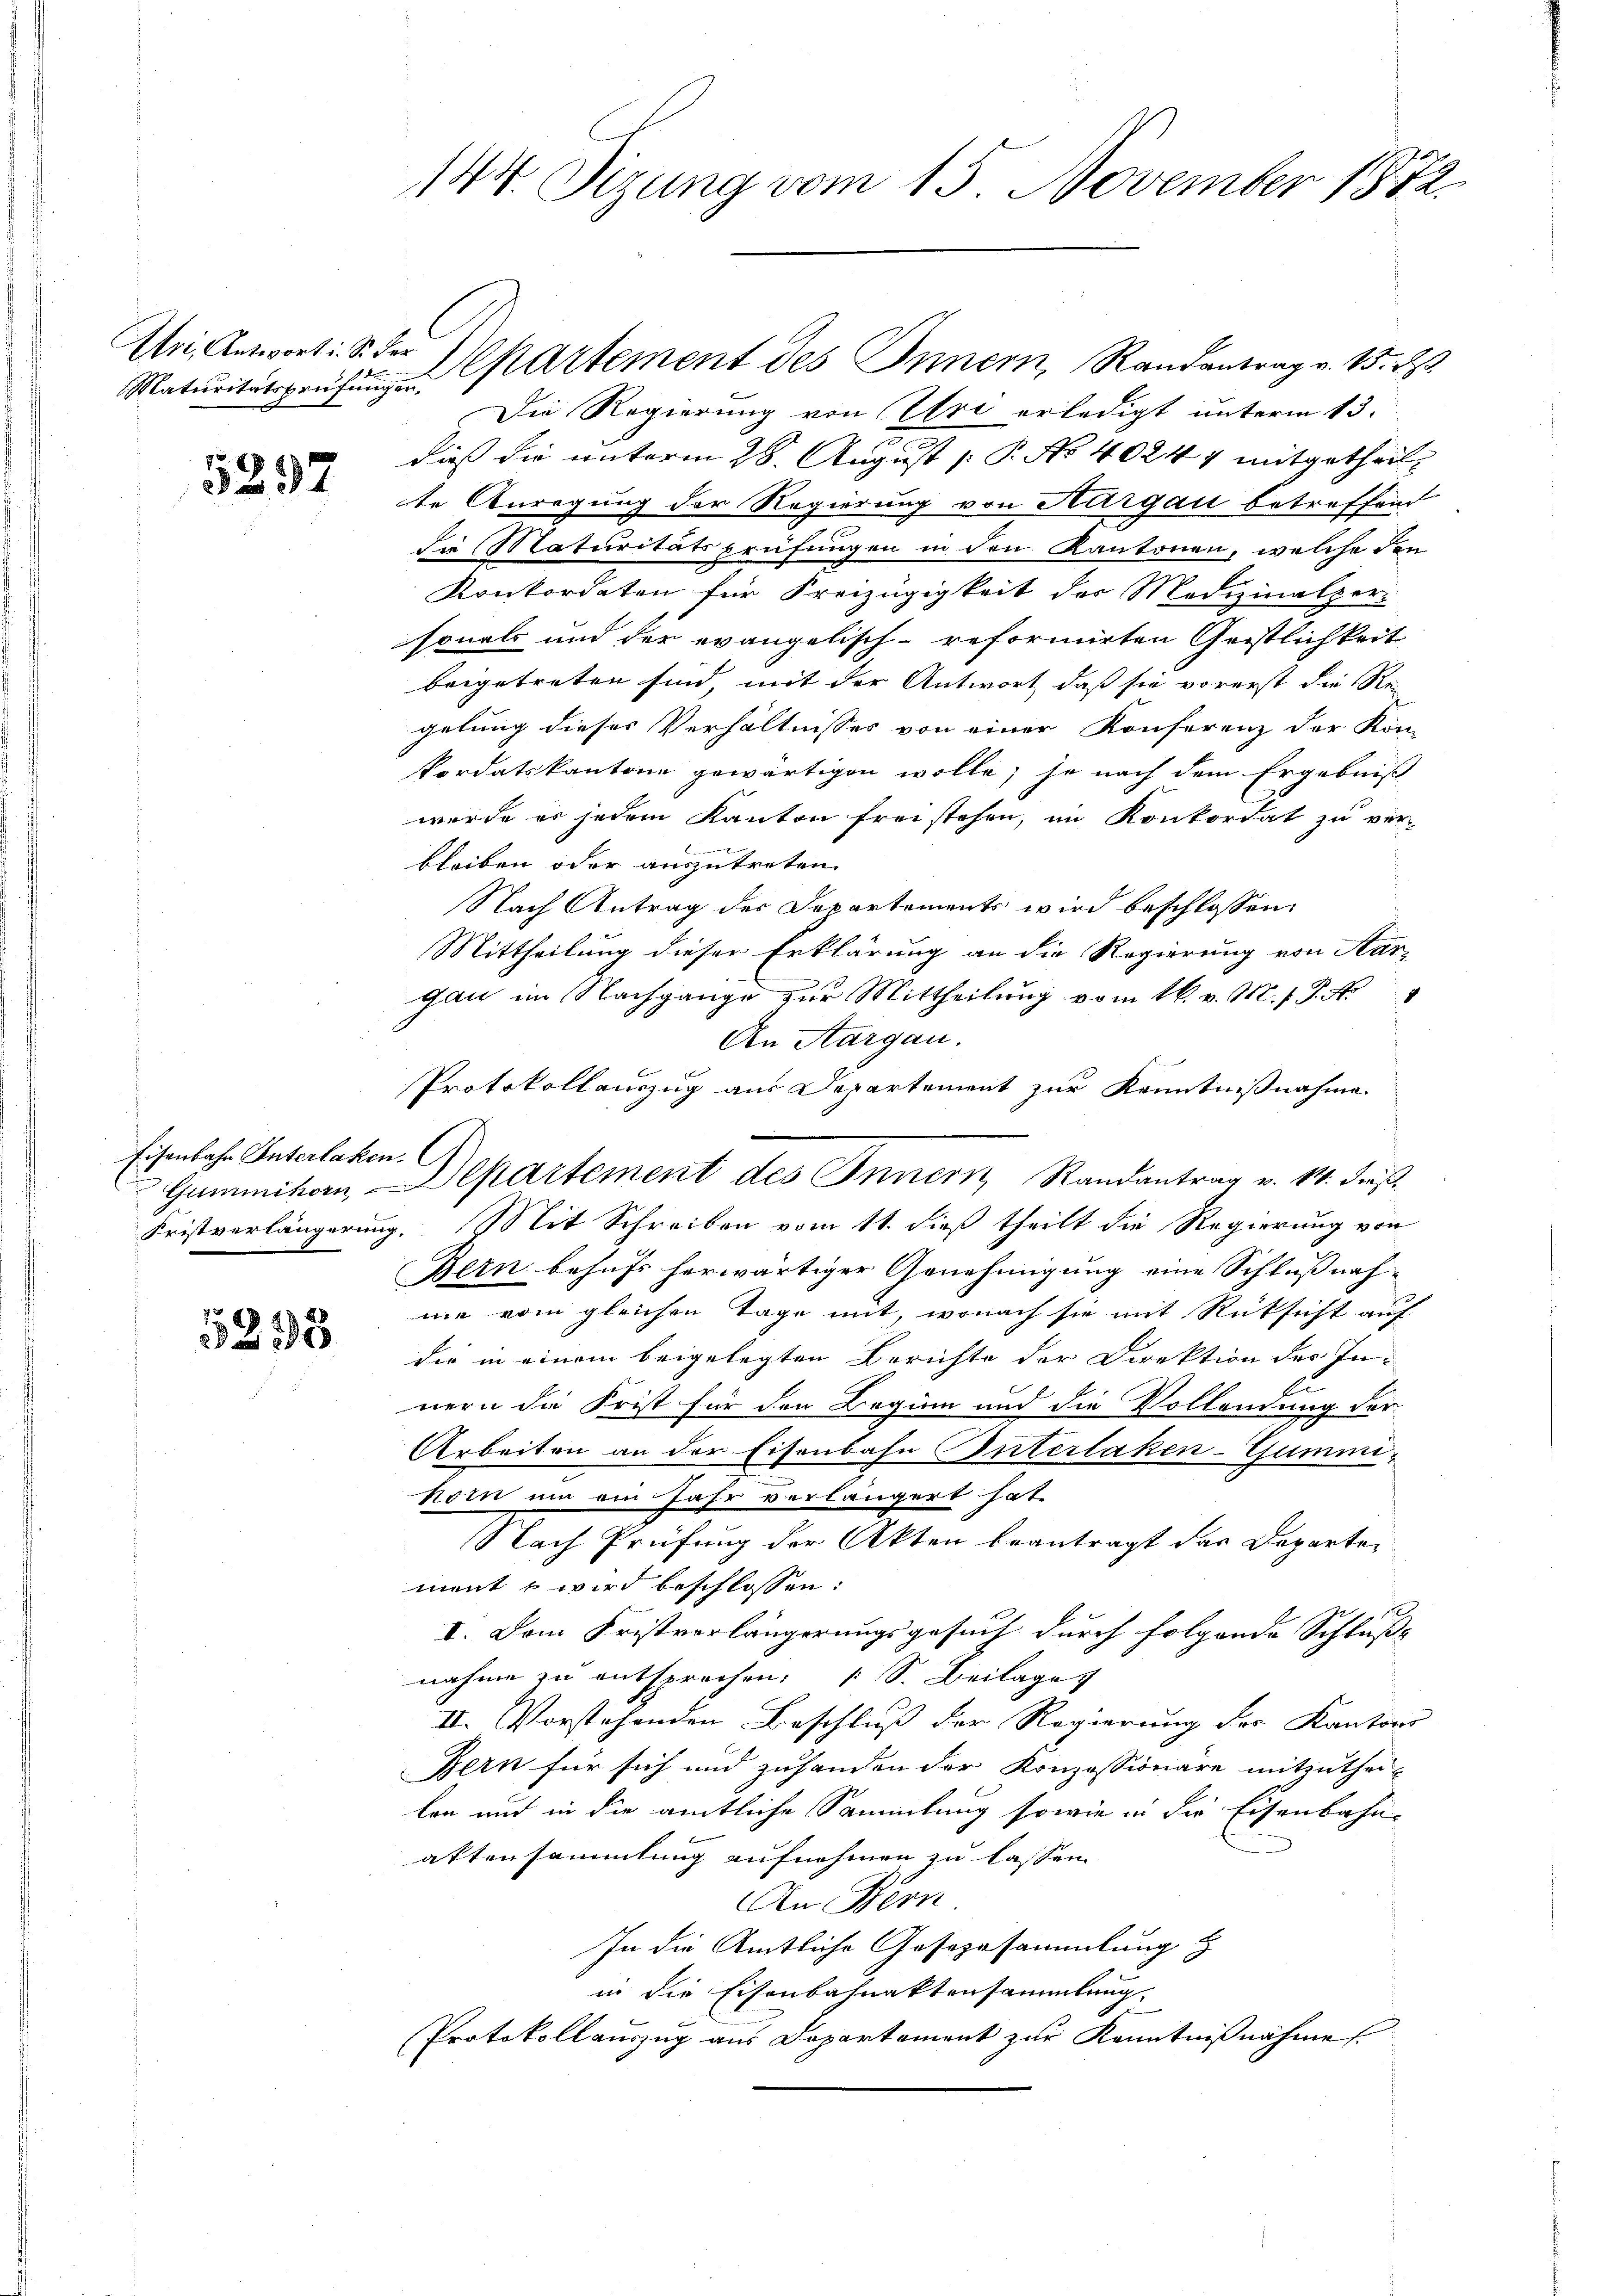
Uri, Antwort i. S. der

Maturitätsprüfungen.

5297

Eisenbahn Interlaken.

1525

144. Sizung vom 15. November 1872.

Die Regierung von Uri erledigt unterm 13.
dieß die unterm 28. August [ P. No 4024 7 mitgetheilte Anregung der Regierung von Aargau betreffend
die Maturitätsprüfungen in den Kantonen, welche den
Konkordaten für Freizügigkeit des Medizinalper-
sonals und der evangelisch-reformirten Geistlichkeit
beigetreten sind, mit der Antwort, daß sie vorerst die Re-
gelung dieses Verhältnisses von einer Konferenz der Kon-
kordatskantone gewärtigen wolle; so nach dem Ergebniß
wurde er jedem Kanton freistehen, im Konkordat zu ver-
x
l.
bleiben oder auszutreten.
Nach Antrag der Departements wird beschlossen
Mittheilung dieser Erklärung an die Regierung von Aargau im Nachgange zur Mittheilung vom 16. v. M. f. J. No
An Aargau.
Protokollauszug aus Departement zur Kenntnißnahme.
Fristverlängerung. Mit Schreiben vom 11. dieß theilt die Regierung von
Bern behufs herwärtiger Genehmigung eine Schlußnahnie vom gleichen Tage mit, wonach sie mit Rüksicht auf
die in einem beigelegten Berichte der Direktion des Innern die Frist für den Beginn und die Vollendung der
Arbeiten an der Eisenbahn Interlaken-Gummihorn um ein Jahr verlängert hat.
Nach Prüfung der Akten beantragt der Departement wird beschlossen:
I. Dem Fristvorlängerungsgesuch durch folgende Schluss- |
nahme zu entsprochen: 1 S. Beilage
II. Vorstehenden Beschluß der Regierung des Kantons
Bern für sich und zuhanden der Konzessionäre mitzuthei-
ken und in die amtliche Sammlung sowie in die Eisenbahn-
aktensammlung aufnehmen zu lassen.
An Bern
In die Amtliche Gesezesammlung z
in die Eisenbahnaktensammlung.
Protokollauszug aus Departement zur Kenntnißnahme

Departement des Innern, Randantrag v. 15. d.

Gummikon, Departement des Innern Randantrag v. M. dieß